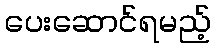
ပေးဆောင်ရမည့်